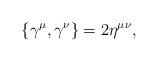
LaTeX: \begin{align*}\{ \gamma^\mu , \gamma^\nu \} = 2 \eta^{\mu \nu}, \end{align*}